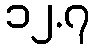
၁၂.၇